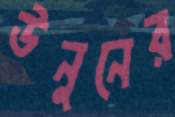
উনুনের